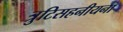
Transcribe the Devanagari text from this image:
त्रुटिसहनीयना